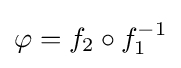
\varphi =f_{2}\circ f_{1}^{-1}